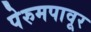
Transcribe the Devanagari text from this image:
पेरुमपावूर